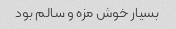
بسیار خوش مزه و سالم بود